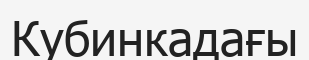
Кубинкадағы